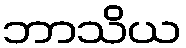
ဘာသိယ